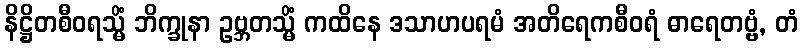
နိဋ္ဌိတစီဝရသ္မိံ ဘိက္ခုနာ ဥဗ္ဘတသ္မိံ ကထိနေ ဒသာဟပရမံ အတိရေကစီဝရံ ဓာရေတဗ္ဗံ, တံ